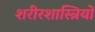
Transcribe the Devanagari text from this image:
शरीरशास्त्रियों